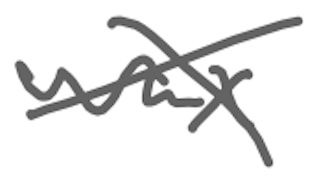
Text: wax
Cross-out: cross
Writing tool: digital_gray